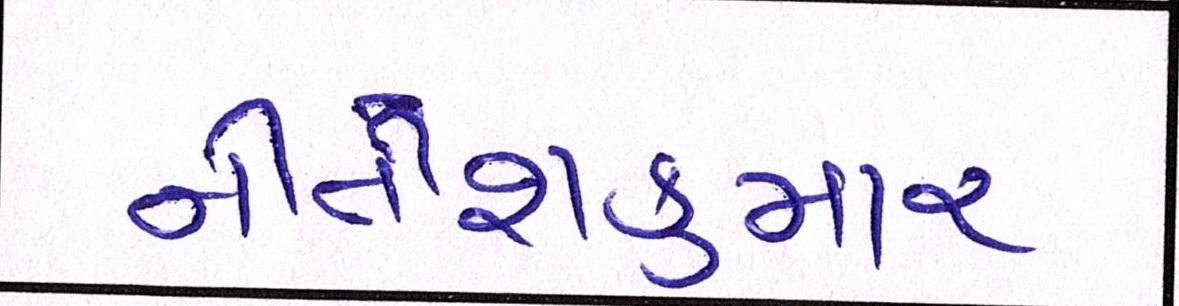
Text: નીતીશકુમાર